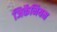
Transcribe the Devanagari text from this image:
जिर्केनियम